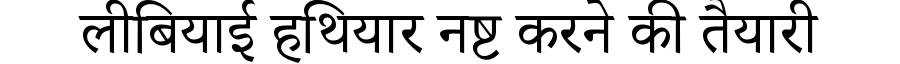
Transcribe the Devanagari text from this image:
लीबियाई हथियार नष्ट करने की तैयारी